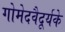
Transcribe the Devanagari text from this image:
गोमेदवैदूर्यके